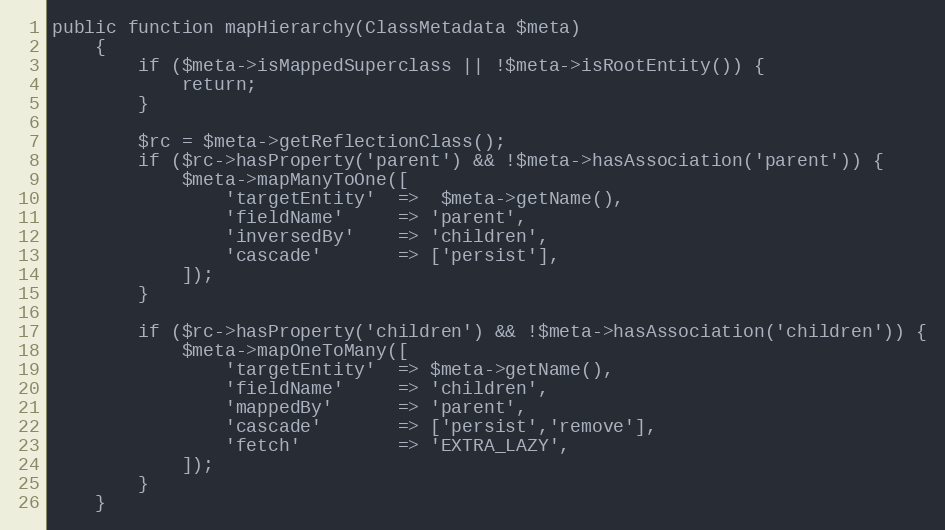
Language: PHP
public function mapHierarchy(ClassMetadata $meta)
    {
        if ($meta->isMappedSuperclass || !$meta->isRootEntity()) {
            return;
        }

        $rc = $meta->getReflectionClass();
        if ($rc->hasProperty('parent') && !$meta->hasAssociation('parent')) {
            $meta->mapManyToOne([
                'targetEntity'  =>  $meta->getName(),
                'fieldName'     => 'parent',
                'inversedBy'    => 'children',
                'cascade'       => ['persist'],
            ]);
        }

        if ($rc->hasProperty('children') && !$meta->hasAssociation('children')) {
            $meta->mapOneToMany([
                'targetEntity'  => $meta->getName(),
                'fieldName'     => 'children',
                'mappedBy'      => 'parent',
                'cascade'       => ['persist','remove'],
                'fetch'         => 'EXTRA_LAZY',
            ]);
        }
    }